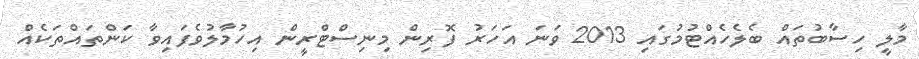
މާލީ ހިސާބުތައް ބެލެހެއްޓުމުގައި 2013 ވަނަ އަހަރު ފޮރިން މިނިސްޓްރީން އިހުމާލުވެފައިވާ ކަންތައްތަކެއް